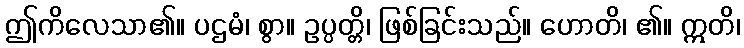
ဤကိလေသာ၏။ ပဌမံ၊ စွာ။ ဥပ္ပတ္တိ၊ ဖြစ်ခြင်းသည်။ ဟောတိ၊ ၏။ ဣတိ၊